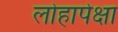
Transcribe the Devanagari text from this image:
लोहापेक्षा